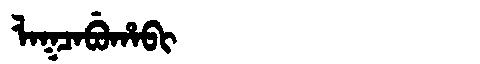
Manchu: ᠯᠠᡴᠴᠠᠪᡠᡥᠠᠪᡳ
Romanization: LAKCABUHABI